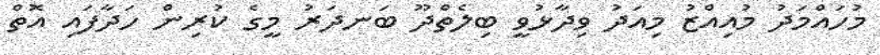
މުހައްމަދު މުއިއްޒު މިއަދު ވިދާޅުވީ ބިލެތްދޫ ބަނދަރު މީގެ ކުރިން ހަދާފައި އޮތް